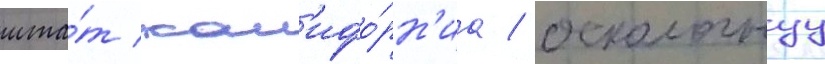
шта́т кал'ифо́рн'иа / осколочнуу